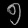
Digit: ၅